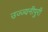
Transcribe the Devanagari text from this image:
उज्ज्यनीपुरी